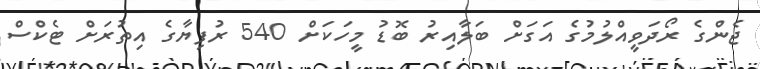
ޖެންގެ ރޯދަވީއްލުމުގެ އަގަށް ބަލާއިރު ބޮޑު މީހަކަށް 540 ރުފިޔާގެ އިތުރަށް ޓެކްސް